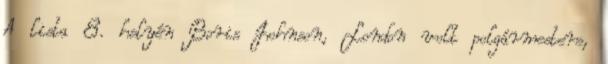
A lista 8. helyén Boris Johnson, London volt polgármestere,